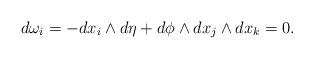
LaTeX: \begin{align*}d\omega_i=-dx_i\wedge d\eta+d\phi\wedge dx_j\wedge dx_k=0.\end{align*}